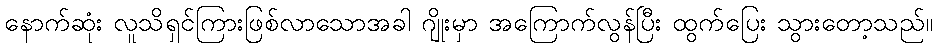
နောက်ဆုံး လူသိရှင်ကြားဖြစ်လာသောအခါ ဂျိုးမှာ အကြောက်လွန်ပြီး ထွက်ပြေး သွားတော့သည်။